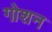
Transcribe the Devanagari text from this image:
गोशन